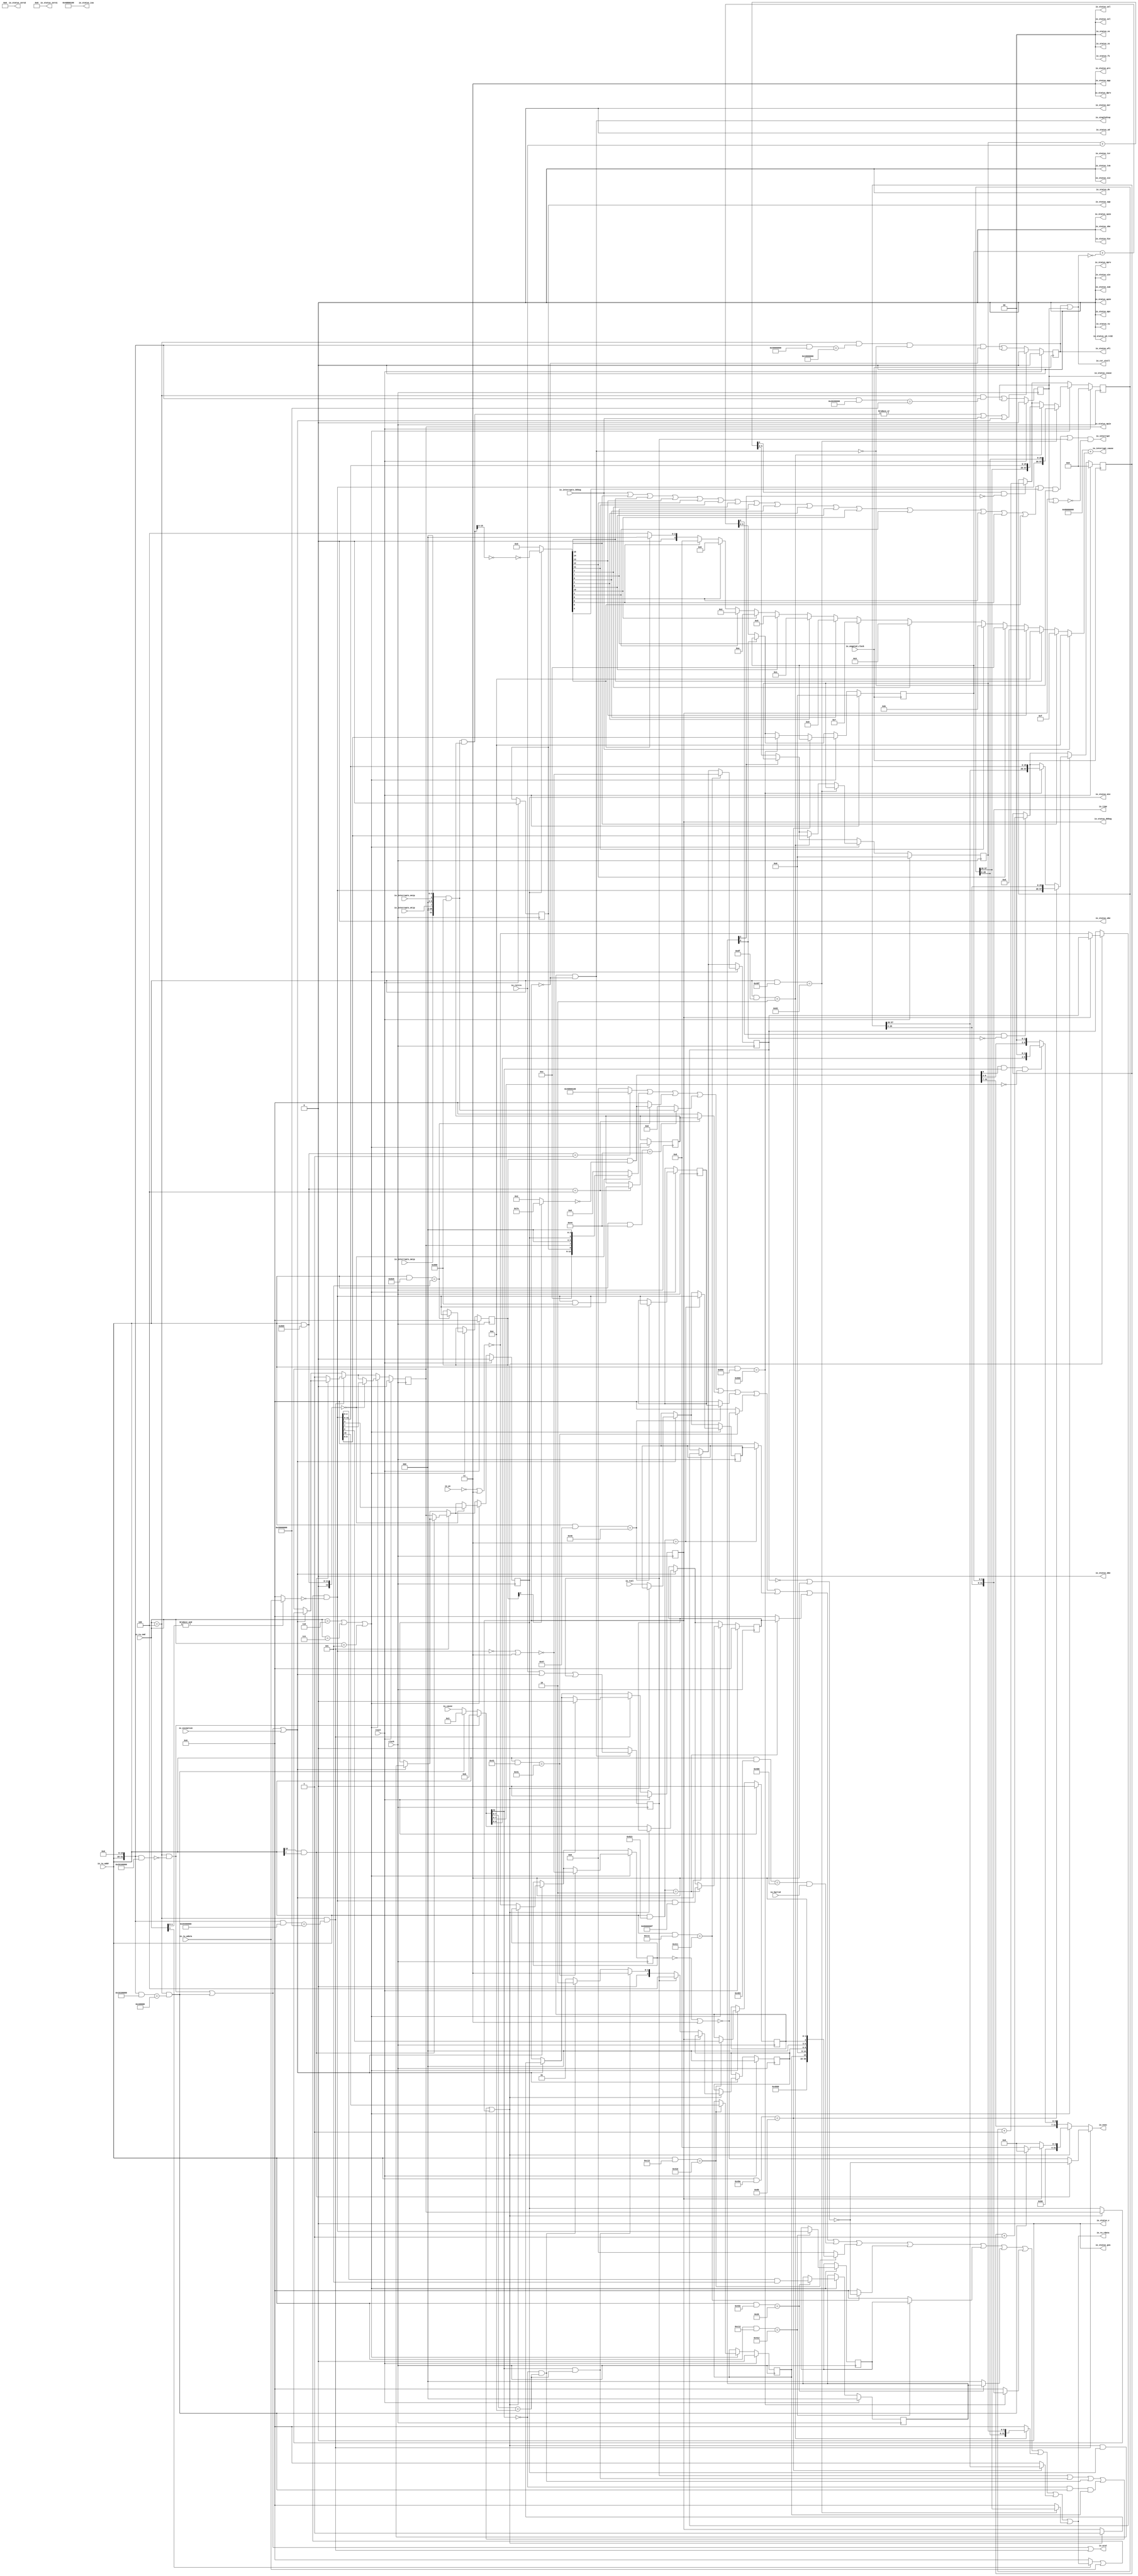
module CSRFile_2stage(
  input         clock,
  input         reset,
  input         io_ungated_clock,
  input         io_interrupts_debug,
  input         io_interrupts_mtip,
  input         io_interrupts_msip,
  input         io_interrupts_meip,
  input         io_hartid,
  input  [11:0] io_rw_addr,
  input  [2:0]  io_rw_cmd,
  output [31:0] io_rw_rdata,
  input  [31:0] io_rw_wdata,
  output        io_csr_stall,
  output        io_eret,
  output        io_singleStep,
  output        io_status_debug,
  output        io_status_cease,
  output        io_status_wfi,
  output [31:0] io_status_isa,
  output [1:0]  io_status_dprv,
  output        io_status_dv,
  output [1:0]  io_status_prv,
  output        io_status_v,
  output        io_status_sd,
  output [22:0] io_status_zero2,
  output        io_status_mpv,
  output        io_status_gva,
  output        io_status_mbe,
  output        io_status_sbe,
  output [1:0]  io_status_sxl,
  output [1:0]  io_status_uxl,
  output        io_status_sd_rv32,
  output [7:0]  io_status_zero1,
  output        io_status_tsr,
  output        io_status_tw,
  output        io_status_tvm,
  output        io_status_mxr,
  output        io_status_sum,
  output        io_status_mprv,
  output [1:0]  io_status_xs,
  output [1:0]  io_status_fs,
  output [1:0]  io_status_mpp,
  output [1:0]  io_status_vs,
  output        io_status_spp,
  output        io_status_mpie,
  output        io_status_ube,
  output        io_status_spie,
  output        io_status_upie,
  output        io_status_mie,
  output        io_status_hie,
  output        io_status_sie,
  output        io_status_uie,
  output [31:0] io_evec,
  input         io_exception,
  input         io_retire,
  input  [31:0] io_cause,
  input  [31:0] io_pc,
  input  [31:0] io_tval,
  output [31:0] io_time,
  output        io_interrupt,
  output [31:0] io_interrupt_cause
);
`ifdef RANDOMIZE_REG_INIT
  reg [31:0] _RAND_0;
  reg [31:0] _RAND_1;
  reg [31:0] _RAND_2;
  reg [31:0] _RAND_3;
  reg [31:0] _RAND_4;
  reg [31:0] _RAND_5;
  reg [31:0] _RAND_6;
  reg [31:0] _RAND_7;
  reg [31:0] _RAND_8;
  reg [31:0] _RAND_9;
  reg [31:0] _RAND_10;
  reg [31:0] _RAND_11;
  reg [31:0] _RAND_12;
  reg [31:0] _RAND_13;
  reg [31:0] _RAND_14;
  reg [31:0] _RAND_15;
  reg [31:0] _RAND_16;
  reg [31:0] _RAND_17;
  reg [31:0] _RAND_18;
  reg [63:0] _RAND_19;
  reg [31:0] _RAND_20;
  reg [63:0] _RAND_21;
  reg [31:0] _RAND_22;
`endif // RANDOMIZE_REG_INIT
  reg  reg_mstatus_spp; // @[CSR.scala 369:24]
  reg  reg_mstatus_mpie; // @[CSR.scala 369:24]
  reg  reg_mstatus_mie; // @[CSR.scala 369:24]
  reg  reg_dcsr_ebreakm; // @[CSR.scala 377:21]
  reg [2:0] reg_dcsr_cause; // @[CSR.scala 377:21]
  reg  reg_dcsr_step; // @[CSR.scala 377:21]
  reg  reg_debug; // @[CSR.scala 449:22]
  reg [31:0] reg_dpc; // @[CSR.scala 450:20]
  reg [31:0] reg_dscratch; // @[CSR.scala 451:25]
  reg  reg_singleStepped; // @[CSR.scala 453:30]
  reg [31:0] reg_mie; // @[CSR.scala 462:20]
  reg [31:0] reg_mepc; // @[CSR.scala 472:21]
  reg [31:0] reg_mcause; // @[CSR.scala 473:27]
  reg [31:0] reg_mtval; // @[CSR.scala 474:22]
  reg [31:0] reg_mscratch; // @[CSR.scala 476:25]
  reg [31:0] reg_mtvec; // @[CSR.scala 479:27]
  reg  reg_wfi; // @[CSR.scala 538:50]
  reg [2:0] reg_mcountinhibit; // @[CSR.scala 547:34]
  wire  x79 = reg_mcountinhibit[2]; // @[CSR.scala 549:75]
  reg [5:0] small_; // @[Counters.scala 45:37]
  wire [5:0] _GEN_34 = {{5'd0}, io_retire}; // @[Counters.scala 46:33]
  wire [6:0] nextSmall = small_ + _GEN_34; // @[Counters.scala 46:33]
  wire  _T_14 = ~x79; // @[Counters.scala 47:9]
  wire [6:0] _GEN_0 = ~x79 ? nextSmall : {{1'd0}, small_}; // @[Counters.scala 47:{19,27} 45:37]
  reg [57:0] large_; // @[Counters.scala 50:27]
  wire [57:0] _large_r_T_1 = large_ + 58'h1; // @[Counters.scala 51:55]
  wire [57:0] _GEN_1 = nextSmall[6] & _T_14 ? _large_r_T_1 : large_; // @[Counters.scala 50:27 51:{46,50}]
  wire [63:0] value = {large_,small_}; // @[Cat.scala 31:58]
  wire  x86 = ~io_csr_stall; // @[CSR.scala 551:56]
  reg [5:0] small_1; // @[Counters.scala 45:37]
  wire [5:0] _GEN_35 = {{5'd0}, x86}; // @[Counters.scala 46:33]
  wire [6:0] nextSmall_1 = small_1 + _GEN_35; // @[Counters.scala 46:33]
  wire  _T_15 = ~reg_mcountinhibit[0]; // @[Counters.scala 47:9]
  wire [6:0] _GEN_2 = ~reg_mcountinhibit[0] ? nextSmall_1 : {{1'd0}, small_1}; // @[Counters.scala 47:{19,27} 45:37]
  reg [57:0] large_1; // @[Counters.scala 50:27]
  wire [57:0] _large_r_T_3 = large_1 + 58'h1; // @[Counters.scala 51:55]
  wire [57:0] _GEN_3 = nextSmall_1[6] & _T_15 ? _large_r_T_3 : large_1; // @[Counters.scala 50:27 51:{46,50}]
  wire [63:0] value_1 = {large_1,small_1}; // @[Cat.scala 31:58]
  wire [15:0] _read_mip_T = {4'h0,io_interrupts_meip,1'h0,2'h0,io_interrupts_mtip,1'h0,2'h0,io_interrupts_msip,1'h0,2'h0
    }; // @[CSR.scala 567:22]
  wire [15:0] read_mip = _read_mip_T & 16'h888; // @[CSR.scala 567:29]
  wire [31:0] _GEN_40 = {{16'd0}, read_mip}; // @[CSR.scala 571:56]
  wire [31:0] pending_interrupts = _GEN_40 & reg_mie; // @[CSR.scala 571:56]
  wire [14:0] d_interrupts = {io_interrupts_debug, 14'h0}; // @[CSR.scala 572:42]
  wire [31:0] _m_interrupts_T_3 = ~pending_interrupts; // @[CSR.scala 577:83]
  wire [31:0] _m_interrupts_T_5 = ~_m_interrupts_T_3; // @[CSR.scala 577:81]
  wire [31:0] m_interrupts = reg_mstatus_mie ? _m_interrupts_T_5 : 32'h0; // @[CSR.scala 577:25]
  wire  _any_T_78 = d_interrupts[14] | d_interrupts[13] | d_interrupts[12] | d_interrupts[11] | d_interrupts[3] |
    d_interrupts[7] | d_interrupts[9] | d_interrupts[1] | d_interrupts[5] | d_interrupts[10] | d_interrupts[2] |
    d_interrupts[6] | d_interrupts[8] | d_interrupts[0] | d_interrupts[4] | m_interrupts[15]; // @[CSR.scala 1534:90]
  wire  anyInterrupt = _any_T_78 | m_interrupts[14] | m_interrupts[13] | m_interrupts[12] | m_interrupts[11] |
    m_interrupts[3] | m_interrupts[7] | m_interrupts[9] | m_interrupts[1] | m_interrupts[5] | m_interrupts[10] |
    m_interrupts[2] | m_interrupts[6] | m_interrupts[8] | m_interrupts[0] | m_interrupts[4]; // @[CSR.scala 1534:90]
  wire [3:0] _which_T_95 = m_interrupts[0] ? 4'h0 : 4'h4; // @[Mux.scala 47:70]
  wire [3:0] _which_T_96 = m_interrupts[8] ? 4'h8 : _which_T_95; // @[Mux.scala 47:70]
  wire [3:0] _which_T_97 = m_interrupts[6] ? 4'h6 : _which_T_96; // @[Mux.scala 47:70]
  wire [3:0] _which_T_98 = m_interrupts[2] ? 4'h2 : _which_T_97; // @[Mux.scala 47:70]
  wire [3:0] _which_T_99 = m_interrupts[10] ? 4'ha : _which_T_98; // @[Mux.scala 47:70]
  wire [3:0] _which_T_100 = m_interrupts[5] ? 4'h5 : _which_T_99; // @[Mux.scala 47:70]
  wire [3:0] _which_T_101 = m_interrupts[1] ? 4'h1 : _which_T_100; // @[Mux.scala 47:70]
  wire [3:0] _which_T_102 = m_interrupts[9] ? 4'h9 : _which_T_101; // @[Mux.scala 47:70]
  wire [3:0] _which_T_103 = m_interrupts[7] ? 4'h7 : _which_T_102; // @[Mux.scala 47:70]
  wire [3:0] _which_T_104 = m_interrupts[3] ? 4'h3 : _which_T_103; // @[Mux.scala 47:70]
  wire [3:0] _which_T_105 = m_interrupts[11] ? 4'hb : _which_T_104; // @[Mux.scala 47:70]
  wire [3:0] _which_T_106 = m_interrupts[12] ? 4'hc : _which_T_105; // @[Mux.scala 47:70]
  wire [3:0] _which_T_107 = m_interrupts[13] ? 4'hd : _which_T_106; // @[Mux.scala 47:70]
  wire [3:0] _which_T_108 = m_interrupts[14] ? 4'he : _which_T_107; // @[Mux.scala 47:70]
  wire [3:0] _which_T_109 = m_interrupts[15] ? 4'hf : _which_T_108; // @[Mux.scala 47:70]
  wire [3:0] _which_T_111 = d_interrupts[4] ? 4'h4 : _which_T_109; // @[Mux.scala 47:70]
  wire [3:0] _which_T_112 = d_interrupts[0] ? 4'h0 : _which_T_111; // @[Mux.scala 47:70]
  wire [3:0] _which_T_113 = d_interrupts[8] ? 4'h8 : _which_T_112; // @[Mux.scala 47:70]
  wire [3:0] _which_T_114 = d_interrupts[6] ? 4'h6 : _which_T_113; // @[Mux.scala 47:70]
  wire [3:0] _which_T_115 = d_interrupts[2] ? 4'h2 : _which_T_114; // @[Mux.scala 47:70]
  wire [3:0] _which_T_116 = d_interrupts[10] ? 4'ha : _which_T_115; // @[Mux.scala 47:70]
  wire [3:0] _which_T_117 = d_interrupts[5] ? 4'h5 : _which_T_116; // @[Mux.scala 47:70]
  wire [3:0] _which_T_118 = d_interrupts[1] ? 4'h1 : _which_T_117; // @[Mux.scala 47:70]
  wire [3:0] _which_T_119 = d_interrupts[9] ? 4'h9 : _which_T_118; // @[Mux.scala 47:70]
  wire [3:0] _which_T_120 = d_interrupts[7] ? 4'h7 : _which_T_119; // @[Mux.scala 47:70]
  wire [3:0] _which_T_121 = d_interrupts[3] ? 4'h3 : _which_T_120; // @[Mux.scala 47:70]
  wire [3:0] _which_T_122 = d_interrupts[11] ? 4'hb : _which_T_121; // @[Mux.scala 47:70]
  wire [3:0] _which_T_123 = d_interrupts[12] ? 4'hc : _which_T_122; // @[Mux.scala 47:70]
  wire [3:0] _which_T_124 = d_interrupts[13] ? 4'hd : _which_T_123; // @[Mux.scala 47:70]
  wire [3:0] whichInterrupt = d_interrupts[14] ? 4'he : _which_T_124; // @[Mux.scala 47:70]
  wire [31:0] _GEN_41 = {{28'd0}, whichInterrupt}; // @[CSR.scala 582:67]
  wire  _io_interrupt_T = ~io_singleStep; // @[CSR.scala 583:36]
  wire [8:0] read_mstatus_lo_lo = {io_status_spp,io_status_mpie,io_status_ube,io_status_spie,io_status_upie,
    io_status_mie,io_status_hie,io_status_sie,io_status_uie}; // @[CSR.scala 606:38]
  wire [21:0] read_mstatus_lo = {io_status_tw,io_status_tvm,io_status_mxr,io_status_sum,io_status_mprv,io_status_xs,
    io_status_fs,io_status_mpp,io_status_vs,read_mstatus_lo_lo}; // @[CSR.scala 606:38]
  wire [64:0] read_mstatus_hi_hi = {io_status_debug,io_status_cease,io_status_wfi,io_status_isa,io_status_dprv,
    io_status_dv,io_status_prv,io_status_v,io_status_sd,io_status_zero2}; // @[CSR.scala 606:38]
  wire [82:0] read_mstatus_hi = {read_mstatus_hi_hi,io_status_mpv,io_status_gva,io_status_mbe,io_status_sbe,
    io_status_sxl,io_status_uxl,io_status_sd_rv32,io_status_zero1,io_status_tsr}; // @[CSR.scala 606:38]
  wire [104:0] _read_mstatus_T = {read_mstatus_hi,read_mstatus_lo}; // @[CSR.scala 606:38]
  wire [31:0] read_mstatus = _read_mstatus_T[31:0]; // @[CSR.scala 606:40]
  wire [6:0] _read_mtvec_T_1 = reg_mtvec[0] ? 7'h7e : 7'h2; // @[CSR.scala 1563:39]
  wire [31:0] _read_mtvec_T_3 = {{25'd0}, _read_mtvec_T_1}; // @[package.scala 165:41]
  wire [31:0] _read_mtvec_T_4 = ~_read_mtvec_T_3; // @[package.scala 165:37]
  wire [31:0] read_mtvec = reg_mtvec & _read_mtvec_T_4; // @[package.scala 165:35]
  wire [31:0] _T_18 = ~reg_mepc; // @[CSR.scala 1562:28]
  wire [31:0] _T_21 = _T_18 | 32'h3; // @[CSR.scala 1562:31]
  wire [31:0] _T_22 = ~_T_21; // @[CSR.scala 1562:26]
  wire [31:0] _T_23 = {4'h4,12'h0,reg_dcsr_ebreakm,4'h0,2'h0,reg_dcsr_cause,1'h0,2'h0,reg_dcsr_step,2'h3}; // @[CSR.scala 627:27]
  wire [31:0] _T_24 = ~reg_dpc; // @[CSR.scala 1562:28]
  wire [31:0] _T_27 = _T_24 | 32'h3; // @[CSR.scala 1562:31]
  wire [31:0] _T_28 = ~_T_27; // @[CSR.scala 1562:26]
  wire [12:0] addr = {io_status_v,io_rw_addr}; // @[Cat.scala 31:58]
  wire [12:0] _decoded_T_8 = addr & 13'h865; // @[Decode.scala 14:65]
  wire  decoded_4 = _decoded_T_8 == 13'h1; // @[Decode.scala 14:121]
  wire  decoded_5 = _decoded_T_8 == 13'h0; // @[Decode.scala 14:121]
  wire [12:0] _decoded_T_12 = addr & 13'h825; // @[Decode.scala 14:65]
  wire  decoded_6 = _decoded_T_12 == 13'h5; // @[Decode.scala 14:121]
  wire [12:0] _decoded_T_14 = addr & 13'h44; // @[Decode.scala 14:65]
  wire  decoded_7 = _decoded_T_14 == 13'h44; // @[Decode.scala 14:121]
  wire  decoded_8 = _decoded_T_8 == 13'h4; // @[Decode.scala 14:121]
  wire [12:0] _decoded_T_18 = addr & 13'h47; // @[Decode.scala 14:65]
  wire  decoded_9 = _decoded_T_18 == 13'h40; // @[Decode.scala 14:121]
  wire [12:0] _decoded_T_20 = addr & 13'h43; // @[Decode.scala 14:65]
  wire  decoded_10 = _decoded_T_20 == 13'h41; // @[Decode.scala 14:121]
  wire [12:0] _decoded_T_22 = addr & 13'h823; // @[Decode.scala 14:65]
  wire  decoded_11 = _decoded_T_22 == 13'h3; // @[Decode.scala 14:121]
  wire  decoded_12 = _decoded_T_22 == 13'h2; // @[Decode.scala 14:121]
  wire [12:0] _decoded_T_26 = addr & 13'h483; // @[Decode.scala 14:65]
  wire  decoded_13 = _decoded_T_26 == 13'h400; // @[Decode.scala 14:121]
  wire [12:0] _decoded_T_28 = addr & 13'hc13; // @[Decode.scala 14:65]
  wire  decoded_14 = _decoded_T_28 == 13'h410; // @[Decode.scala 14:121]
  wire [12:0] _decoded_T_30 = addr & 13'hc11; // @[Decode.scala 14:65]
  wire  decoded_15 = _decoded_T_30 == 13'h411; // @[Decode.scala 14:121]
  wire [12:0] _decoded_T_32 = addr & 13'hc12; // @[Decode.scala 14:65]
  wire  decoded_16 = _decoded_T_32 == 13'h412; // @[Decode.scala 14:121]
  wire [12:0] _decoded_T_34 = addr & 13'h43e; // @[Decode.scala 14:65]
  wire  decoded_17 = _decoded_T_34 == 13'h20; // @[Decode.scala 14:121]
  wire [12:0] _decoded_T_36 = addr & 13'h89e; // @[Decode.scala 14:65]
  wire  decoded_18 = _decoded_T_36 == 13'h800; // @[Decode.scala 14:121]
  wire [12:0] _decoded_T_38 = addr & 13'hdf; // @[Decode.scala 14:65]
  wire  decoded_19 = _decoded_T_38 == 13'h2; // @[Decode.scala 14:121]
  wire [12:0] _decoded_T_122 = addr & 13'h49f; // @[Decode.scala 14:65]
  wire [12:0] _decoded_T_214 = addr & 13'h49e; // @[Decode.scala 14:65]
  wire  decoded_107 = _decoded_T_214 == 13'h80; // @[Decode.scala 14:121]
  wire  decoded_108 = _decoded_T_122 == 13'h82; // @[Decode.scala 14:121]
  wire [31:0] _wdata_T_1 = io_rw_cmd[1] ? io_rw_rdata : 32'h0; // @[CSR.scala 1540:9]
  wire [31:0] _wdata_T_2 = _wdata_T_1 | io_rw_wdata; // @[CSR.scala 1540:34]
  wire [31:0] _wdata_T_5 = &io_rw_cmd[1:0] ? io_rw_wdata : 32'h0; // @[CSR.scala 1540:49]
  wire [31:0] _wdata_T_6 = ~_wdata_T_5; // @[CSR.scala 1540:45]
  wire [31:0] wdata = _wdata_T_2 & _wdata_T_6; // @[CSR.scala 1540:43]
  wire  system_insn = io_rw_cmd == 3'h4; // @[CSR.scala 813:31]
  wire [31:0] _T_172 = {io_rw_addr, 20'h0}; // @[CSR.scala 829:28]
  wire [31:0] _T_173 = _T_172 & 32'h20100000; // @[Decode.scala 14:65]
  wire  _T_174 = _T_173 == 32'h0; // @[Decode.scala 14:121]
  wire [31:0] _T_176 = _T_172 & 32'h10100000; // @[Decode.scala 14:65]
  wire  _T_177 = _T_176 == 32'h100000; // @[Decode.scala 14:121]
  wire [31:0] _T_179 = _T_172 & 32'h20400000; // @[Decode.scala 14:65]
  wire  _T_180 = _T_179 == 32'h20000000; // @[Decode.scala 14:121]
  wire [31:0] _T_182 = _T_172 & 32'h20200000; // @[Decode.scala 14:65]
  wire  _T_183 = _T_182 == 32'h20000000; // @[Decode.scala 14:121]
  wire [31:0] _T_185 = _T_172 & 32'h30000000; // @[Decode.scala 14:65]
  wire  _T_186 = _T_185 == 32'h10000000; // @[Decode.scala 14:121]
  wire  insn_call = system_insn & _T_174; // @[CSR.scala 829:95]
  wire  insn_break = system_insn & _T_177; // @[CSR.scala 829:95]
  wire  insn_ret = system_insn & _T_180; // @[CSR.scala 829:95]
  wire  insn_cease = system_insn & _T_183; // @[CSR.scala 829:95]
  wire  insn_wfi = system_insn & _T_186; // @[CSR.scala 829:95]
  wire  _io_decode_0_read_illegal_T_16 = ~reg_debug; // @[CSR.scala 861:45]
  wire [31:0] _cause_T_5 = insn_break ? 32'h3 : io_cause; // @[CSR.scala 894:14]
  wire [31:0] cause = insn_call ? 32'hb : _cause_T_5; // @[CSR.scala 893:8]
  wire [7:0] cause_lsbs = cause[7:0]; // @[CSR.scala 895:25]
  wire  _causeIsDebugInt_T_1 = cause_lsbs == 8'he; // @[CSR.scala 896:53]
  wire  causeIsDebugInt = cause[31] & cause_lsbs == 8'he; // @[CSR.scala 896:39]
  wire  _causeIsDebugTrigger_T_1 = ~cause[31]; // @[CSR.scala 897:29]
  wire  causeIsDebugTrigger = ~cause[31] & _causeIsDebugInt_T_1; // @[CSR.scala 897:44]
  wire [3:0] _causeIsDebugBreak_T_3 = {reg_dcsr_ebreakm,1'h0,2'h0}; // @[Cat.scala 31:58]
  wire [3:0] _causeIsDebugBreak_T_4 = {{3'd0}, _causeIsDebugBreak_T_3[3]}; // @[CSR.scala 898:134]
  wire  causeIsDebugBreak = _causeIsDebugTrigger_T_1 & insn_break & _causeIsDebugBreak_T_4[0]; // @[CSR.scala 898:56]
  wire  trapToDebug = reg_singleStepped | causeIsDebugInt | causeIsDebugTrigger | causeIsDebugBreak | reg_debug; // @[CSR.scala 899:123]
  wire [11:0] _debugTVec_T = insn_break ? 12'h800 : 12'h808; // @[CSR.scala 902:37]
  wire [11:0] debugTVec = reg_debug ? _debugTVec_T : 12'h800; // @[CSR.scala 902:22]
  wire [6:0] notDebugTVec_interruptOffset = {cause[4:0], 2'h0}; // @[CSR.scala 912:59]
  wire [31:0] notDebugTVec_interruptVec = {read_mtvec[31:7],notDebugTVec_interruptOffset}; // @[Cat.scala 31:58]
  wire  notDebugTVec_doVector = read_mtvec[0] & cause[31] & cause_lsbs[7:5] == 3'h0; // @[CSR.scala 914:55]
  wire [31:0] _notDebugTVec_T_1 = {read_mtvec[31:2], 2'h0}; // @[CSR.scala 915:56]
  wire [31:0] notDebugTVec = notDebugTVec_doVector ? notDebugTVec_interruptVec : _notDebugTVec_T_1; // @[CSR.scala 915:8]
  wire [31:0] tvec = trapToDebug ? {{20'd0}, debugTVec} : notDebugTVec; // @[CSR.scala 928:17]
  wire  _io_eret_T = insn_call | insn_break; // @[CSR.scala 933:24]
  wire  exception = _io_eret_T | io_exception; // @[CSR.scala 953:43]
  wire [1:0] _T_214 = insn_ret + insn_call; // @[Bitwise.scala 48:55]
  wire [1:0] _T_216 = insn_break + io_exception; // @[Bitwise.scala 48:55]
  wire [2:0] _T_218 = _T_214 + _T_216; // @[Bitwise.scala 48:55]
  wire  _T_222 = ~reset; // @[CSR.scala 954:9]
  wire  _GEN_46 = insn_wfi & _io_interrupt_T & _io_decode_0_read_illegal_T_16 | reg_wfi; // @[CSR.scala 538:50 956:{51,61}]
  wire  _GEN_48 = io_retire | exception | reg_singleStepped; // @[CSR.scala 453:30 960:{36,56}]
  wire [31:0] _epc_T = ~io_pc; // @[CSR.scala 1561:28]
  wire [31:0] _epc_T_1 = _epc_T | 32'h3; // @[CSR.scala 1561:31]
  wire [31:0] epc = ~_epc_T_1; // @[CSR.scala 1561:26]
  wire [1:0] _reg_dcsr_cause_T = causeIsDebugTrigger ? 2'h2 : 2'h1; // @[CSR.scala 973:86]
  wire [1:0] _reg_dcsr_cause_T_1 = causeIsDebugInt ? 2'h3 : _reg_dcsr_cause_T; // @[CSR.scala 973:56]
  wire [2:0] _reg_dcsr_cause_T_2 = reg_singleStepped ? 3'h4 : {{1'd0}, _reg_dcsr_cause_T_1}; // @[CSR.scala 973:30]
  wire  _GEN_51 = _io_decode_0_read_illegal_T_16 | reg_debug; // @[CSR.scala 969:25 971:19 449:22]
  wire [31:0] _GEN_52 = _io_decode_0_read_illegal_T_16 ? epc : reg_dpc; // @[CSR.scala 969:25 972:17 450:20]
  wire [1:0] _GEN_73 = {{1'd0}, reg_mstatus_spp}; // @[CSR.scala 1007:23 369:24 997:35]
  wire  _GEN_145 = trapToDebug ? _GEN_51 : reg_debug; // @[CSR.scala 449:22 968:24]
  wire [31:0] _GEN_146 = trapToDebug ? _GEN_52 : reg_dpc; // @[CSR.scala 450:20 968:24]
  wire [1:0] _GEN_170 = trapToDebug ? {{1'd0}, reg_mstatus_spp} : _GEN_73; // @[CSR.scala 369:24 968:24]
  wire [31:0] _GEN_174 = trapToDebug ? reg_mepc : epc; // @[CSR.scala 472:21 968:24]
  wire [31:0] _GEN_175 = trapToDebug ? reg_mcause : cause; // @[CSR.scala 968:24 473:27]
  wire [31:0] _GEN_176 = trapToDebug ? reg_mtval : io_tval; // @[CSR.scala 474:22 968:24]
  wire  _GEN_178 = trapToDebug ? reg_mstatus_mpie : reg_mstatus_mie; // @[CSR.scala 369:24 968:24]
  wire  _GEN_180 = trapToDebug & reg_mstatus_mie; // @[CSR.scala 369:24 968:24]
  wire  _GEN_182 = exception ? _GEN_145 : reg_debug; // @[CSR.scala 967:20 449:22]
  wire [31:0] _GEN_183 = exception ? _GEN_146 : reg_dpc; // @[CSR.scala 450:20 967:20]
  wire [1:0] _GEN_207 = exception ? _GEN_170 : {{1'd0}, reg_mstatus_spp}; // @[CSR.scala 967:20 369:24]
  wire [31:0] _GEN_211 = exception ? _GEN_174 : reg_mepc; // @[CSR.scala 967:20 472:21]
  wire [31:0] _GEN_212 = exception ? _GEN_175 : reg_mcause; // @[CSR.scala 967:20 473:27]
  wire [31:0] _GEN_213 = exception ? _GEN_176 : reg_mtval; // @[CSR.scala 967:20 474:22]
  wire  _GEN_215 = exception ? _GEN_178 : reg_mstatus_mpie; // @[CSR.scala 967:20 369:24]
  wire  _GEN_217 = exception ? _GEN_180 : reg_mstatus_mie; // @[CSR.scala 967:20 369:24]
  wire [31:0] _GEN_239 = io_rw_addr[10] & io_rw_addr[7] ? _T_28 : _T_22; // @[CSR.scala 1064:70 1068:15]
  wire  _GEN_241 = io_rw_addr[10] & io_rw_addr[7] ? _GEN_217 : reg_mstatus_mpie; // @[CSR.scala 1064:70]
  wire  _GEN_242 = io_rw_addr[10] & io_rw_addr[7] ? _GEN_215 : 1'h1; // @[CSR.scala 1064:70]
  wire  _GEN_273 = insn_ret ? _GEN_241 : _GEN_217; // @[CSR.scala 1045:19]
  wire  _GEN_274 = insn_ret ? _GEN_242 : _GEN_215; // @[CSR.scala 1045:19]
  reg  io_status_cease_r; // @[Reg.scala 28:20]
  wire  _GEN_279 = insn_cease | io_status_cease_r; // @[Reg.scala 29:18 28:20 29:22]
  wire [30:0] _io_rw_rdata_T_4 = decoded_4 ? 31'h40800100 : 31'h0; // @[Mux.scala 27:73]
  wire [31:0] _io_rw_rdata_T_5 = decoded_5 ? read_mstatus : 32'h0; // @[Mux.scala 27:73]
  wire [31:0] _io_rw_rdata_T_6 = decoded_6 ? read_mtvec : 32'h0; // @[Mux.scala 27:73]
  wire [15:0] _io_rw_rdata_T_7 = decoded_7 ? read_mip : 16'h0; // @[Mux.scala 27:73]
  wire [31:0] _io_rw_rdata_T_8 = decoded_8 ? reg_mie : 32'h0; // @[Mux.scala 27:73]
  wire [31:0] _io_rw_rdata_T_9 = decoded_9 ? reg_mscratch : 32'h0; // @[Mux.scala 27:73]
  wire [31:0] _io_rw_rdata_T_10 = decoded_10 ? _T_22 : 32'h0; // @[Mux.scala 27:73]
  wire [31:0] _io_rw_rdata_T_11 = decoded_11 ? reg_mtval : 32'h0; // @[Mux.scala 27:73]
  wire [31:0] _io_rw_rdata_T_12 = decoded_12 ? reg_mcause : 32'h0; // @[Mux.scala 27:73]
  wire  _io_rw_rdata_T_13 = decoded_13 & io_hartid; // @[Mux.scala 27:73]
  wire [31:0] _io_rw_rdata_T_14 = decoded_14 ? _T_23 : 32'h0; // @[Mux.scala 27:73]
  wire [31:0] _io_rw_rdata_T_15 = decoded_15 ? _T_28 : 32'h0; // @[Mux.scala 27:73]
  wire [31:0] _io_rw_rdata_T_16 = decoded_16 ? reg_dscratch : 32'h0; // @[Mux.scala 27:73]
  wire [2:0] _io_rw_rdata_T_17 = decoded_17 ? reg_mcountinhibit : 3'h0; // @[Mux.scala 27:73]
  wire [63:0] _io_rw_rdata_T_18 = decoded_18 ? value_1 : 64'h0; // @[Mux.scala 27:73]
  wire [63:0] _io_rw_rdata_T_19 = decoded_19 ? value : 64'h0; // @[Mux.scala 27:73]
  wire [31:0] _io_rw_rdata_T_107 = decoded_107 ? value_1[63:32] : 32'h0; // @[Mux.scala 27:73]
  wire [31:0] _io_rw_rdata_T_108 = decoded_108 ? value[63:32] : 32'h0; // @[Mux.scala 27:73]
  wire [31:0] _io_rw_rdata_T_115 = {{1'd0}, _io_rw_rdata_T_4}; // @[Mux.scala 27:73]
  wire [31:0] _io_rw_rdata_T_116 = _io_rw_rdata_T_115 | _io_rw_rdata_T_5; // @[Mux.scala 27:73]
  wire [31:0] _io_rw_rdata_T_117 = _io_rw_rdata_T_116 | _io_rw_rdata_T_6; // @[Mux.scala 27:73]
  wire [31:0] _GEN_341 = {{16'd0}, _io_rw_rdata_T_7}; // @[Mux.scala 27:73]
  wire [31:0] _io_rw_rdata_T_118 = _io_rw_rdata_T_117 | _GEN_341; // @[Mux.scala 27:73]
  wire [31:0] _io_rw_rdata_T_119 = _io_rw_rdata_T_118 | _io_rw_rdata_T_8; // @[Mux.scala 27:73]
  wire [31:0] _io_rw_rdata_T_120 = _io_rw_rdata_T_119 | _io_rw_rdata_T_9; // @[Mux.scala 27:73]
  wire [31:0] _io_rw_rdata_T_121 = _io_rw_rdata_T_120 | _io_rw_rdata_T_10; // @[Mux.scala 27:73]
  wire [31:0] _io_rw_rdata_T_122 = _io_rw_rdata_T_121 | _io_rw_rdata_T_11; // @[Mux.scala 27:73]
  wire [31:0] _io_rw_rdata_T_123 = _io_rw_rdata_T_122 | _io_rw_rdata_T_12; // @[Mux.scala 27:73]
  wire [31:0] _GEN_342 = {{31'd0}, _io_rw_rdata_T_13}; // @[Mux.scala 27:73]
  wire [31:0] _io_rw_rdata_T_124 = _io_rw_rdata_T_123 | _GEN_342; // @[Mux.scala 27:73]
  wire [31:0] _io_rw_rdata_T_125 = _io_rw_rdata_T_124 | _io_rw_rdata_T_14; // @[Mux.scala 27:73]
  wire [31:0] _io_rw_rdata_T_126 = _io_rw_rdata_T_125 | _io_rw_rdata_T_15; // @[Mux.scala 27:73]
  wire [31:0] _io_rw_rdata_T_127 = _io_rw_rdata_T_126 | _io_rw_rdata_T_16; // @[Mux.scala 27:73]
  wire [31:0] _GEN_343 = {{29'd0}, _io_rw_rdata_T_17}; // @[Mux.scala 27:73]
  wire [31:0] _io_rw_rdata_T_128 = _io_rw_rdata_T_127 | _GEN_343; // @[Mux.scala 27:73]
  wire [63:0] _GEN_344 = {{32'd0}, _io_rw_rdata_T_128}; // @[Mux.scala 27:73]
  wire [63:0] _io_rw_rdata_T_129 = _GEN_344 | _io_rw_rdata_T_18; // @[Mux.scala 27:73]
  wire [63:0] _io_rw_rdata_T_130 = _io_rw_rdata_T_129 | _io_rw_rdata_T_19; // @[Mux.scala 27:73]
  wire [63:0] _GEN_345 = {{32'd0}, _io_rw_rdata_T_107}; // @[Mux.scala 27:73]
  wire [63:0] _io_rw_rdata_T_218 = _io_rw_rdata_T_130 | _GEN_345; // @[Mux.scala 27:73]
  wire [63:0] _GEN_346 = {{32'd0}, _io_rw_rdata_T_108}; // @[Mux.scala 27:73]
  wire [63:0] _io_rw_rdata_T_219 = _io_rw_rdata_T_218 | _GEN_346; // @[Mux.scala 27:73]
  wire  _T_366 = io_rw_cmd == 3'h5; // @[package.scala 15:47]
  wire  _T_367 = io_rw_cmd == 3'h6; // @[package.scala 15:47]
  wire  _T_368 = io_rw_cmd == 3'h7; // @[package.scala 15:47]
  wire  csr_wen = _T_367 | _T_368 | _T_366; // @[package.scala 72:59]
  wire [104:0] _new_mstatus_WIRE = {{73'd0}, wdata};
  wire  new_mstatus_mie = _new_mstatus_WIRE[3]; // @[CSR.scala 1153:47]
  wire  new_mstatus_mpie = _new_mstatus_WIRE[7]; // @[CSR.scala 1153:47]
  wire [31:0] _reg_mie_T = wdata & 32'h888; // @[CSR.scala 1205:59]
  wire [31:0] _reg_mepc_T = ~wdata; // @[CSR.scala 1561:28]
  wire [31:0] _reg_mepc_T_1 = _reg_mepc_T | 32'h3; // @[CSR.scala 1561:31]
  wire [31:0] _reg_mepc_T_2 = ~_reg_mepc_T_1; // @[CSR.scala 1561:26]
  wire [31:0] _reg_mcause_T = wdata & 32'h8000000f; // @[CSR.scala 1210:62]
  wire [31:0] _reg_mcountinhibit_T_1 = wdata & 32'hfffffffd; // @[CSR.scala 1230:76]
  wire [31:0] _GEN_293 = decoded_17 ? _reg_mcountinhibit_T_1 : {{29'd0}, reg_mcountinhibit}; // @[CSR.scala 1230:{47,67} 547:34]
  wire [63:0] _T_1714 = {value_1[63:32],wdata}; // @[Cat.scala 31:58]
  wire [63:0] _GEN_294 = decoded_18 ? _T_1714 : {{57'd0}, _GEN_2}; // @[CSR.scala 1555:31 Counters.scala 65:11]
  wire [63:0] _T_1717 = {wdata,value_1[31:0]}; // @[Cat.scala 31:58]
  wire [63:0] _GEN_296 = decoded_107 ? _T_1717 : _GEN_294; // @[CSR.scala 1556:31 Counters.scala 65:11]
  wire [63:0] _T_1719 = {value[63:32],wdata}; // @[Cat.scala 31:58]
  wire [63:0] _GEN_298 = decoded_19 ? _T_1719 : {{57'd0}, _GEN_0}; // @[CSR.scala 1555:31 Counters.scala 65:11]
  wire [63:0] _T_1722 = {wdata,value[31:0]}; // @[Cat.scala 31:58]
  wire [63:0] _GEN_300 = decoded_108 ? _T_1722 : _GEN_298; // @[CSR.scala 1556:31 Counters.scala 65:11]
  wire  new_dcsr_ebreakm = wdata[15]; // @[CSR.scala 1246:43]
  wire [31:0] _GEN_315 = csr_wen ? _GEN_293 : {{29'd0}, reg_mcountinhibit}; // @[CSR.scala 1148:18 547:34]
  wire [63:0] _GEN_316 = csr_wen ? _GEN_296 : {{57'd0}, _GEN_2}; // @[CSR.scala 1148:18]
  wire [63:0] _GEN_318 = csr_wen ? _GEN_300 : {{57'd0}, _GEN_0}; // @[CSR.scala 1148:18]
  assign io_rw_rdata = _io_rw_rdata_T_219[31:0]; // @[CSR.scala 1101:15]
  assign io_csr_stall = reg_wfi | io_status_cease; // @[CSR.scala 1091:27]
  assign io_eret = insn_call | insn_break | insn_ret; // @[CSR.scala 933:38]
  assign io_singleStep = reg_dcsr_step & _io_decode_0_read_illegal_T_16; // @[CSR.scala 934:34]
  assign io_status_debug = reg_debug; // @[CSR.scala 937:19]
  assign io_status_cease = io_status_cease_r; // @[CSR.scala 1092:19]
  assign io_status_wfi = reg_wfi; // @[CSR.scala 1093:17]
  assign io_status_isa = 32'h40800100; // @[CSR.scala 938:17]
  assign io_status_dprv = 2'h3; // @[CSR.scala 941:24]
  assign io_status_dv = 1'h0; // @[CSR.scala 942:33]
  assign io_status_prv = 2'h3; // @[CSR.scala 935:13]
  assign io_status_v = 1'h0; // @[CSR.scala 935:13]
  assign io_status_sd = &io_status_fs | &io_status_xs | &io_status_vs; // @[CSR.scala 936:58]
  assign io_status_zero2 = 23'h0; // @[CSR.scala 935:13]
  assign io_status_mpv = 1'h0; // @[CSR.scala 944:17]
  assign io_status_gva = 1'h0; // @[CSR.scala 945:17]
  assign io_status_mbe = 1'h0; // @[CSR.scala 935:13]
  assign io_status_sbe = 1'h0; // @[CSR.scala 935:13]
  assign io_status_sxl = 2'h0; // @[CSR.scala 940:17]
  assign io_status_uxl = 2'h0; // @[CSR.scala 939:17]
  assign io_status_sd_rv32 = io_status_sd; // @[CSR.scala 943:35]
  assign io_status_zero1 = 8'h0; // @[CSR.scala 935:13]
  assign io_status_tsr = 1'h0; // @[CSR.scala 935:13]
  assign io_status_tw = 1'h0; // @[CSR.scala 935:13]
  assign io_status_tvm = 1'h0; // @[CSR.scala 935:13]
  assign io_status_mxr = 1'h0; // @[CSR.scala 935:13]
  assign io_status_sum = 1'h0; // @[CSR.scala 935:13]
  assign io_status_mprv = 1'h0; // @[CSR.scala 935:13]
  assign io_status_xs = 2'h0; // @[CSR.scala 935:13]
  assign io_status_fs = 2'h0; // @[CSR.scala 935:13]
  assign io_status_mpp = 2'h3; // @[CSR.scala 935:13]
  assign io_status_vs = 2'h0; // @[CSR.scala 935:13]
  assign io_status_spp = reg_mstatus_spp; // @[CSR.scala 935:13]
  assign io_status_mpie = reg_mstatus_mpie; // @[CSR.scala 935:13]
  assign io_status_ube = 1'h0; // @[CSR.scala 935:13]
  assign io_status_spie = 1'h0; // @[CSR.scala 935:13]
  assign io_status_upie = 1'h0; // @[CSR.scala 935:13]
  assign io_status_mie = reg_mstatus_mie; // @[CSR.scala 935:13]
  assign io_status_hie = 1'h0; // @[CSR.scala 935:13]
  assign io_status_sie = 1'h0; // @[CSR.scala 935:13]
  assign io_status_uie = 1'h0; // @[CSR.scala 935:13]
  assign io_evec = insn_ret ? _GEN_239 : tvec; // @[CSR.scala 1045:19 929:11]
  assign io_time = value_1[31:0]; // @[CSR.scala 1090:11]
  assign io_interrupt = (anyInterrupt & ~io_singleStep | reg_singleStepped) & ~(reg_debug | io_status_cease); // @[CSR.scala 583:73]
  assign io_interrupt_cause = 32'h80000000 + _GEN_41; // @[CSR.scala 582:67]
  always @(posedge clock) begin
    if (reset) begin // @[CSR.scala 369:24]
      reg_mstatus_spp <= 1'h0; // @[CSR.scala 369:24]
    end else begin
      reg_mstatus_spp <= _GEN_207[0];
    end
    if (reset) begin // @[CSR.scala 369:24]
      reg_mstatus_mpie <= 1'h0; // @[CSR.scala 369:24]
    end else if (csr_wen) begin // @[CSR.scala 1148:18]
      if (decoded_5) begin // @[CSR.scala 1152:39]
        reg_mstatus_mpie <= new_mstatus_mpie; // @[CSR.scala 1155:24]
      end else begin
        reg_mstatus_mpie <= _GEN_274;
      end
    end else begin
      reg_mstatus_mpie <= _GEN_274;
    end
    if (reset) begin // @[CSR.scala 369:24]
      reg_mstatus_mie <= 1'h0; // @[CSR.scala 369:24]
    end else if (csr_wen) begin // @[CSR.scala 1148:18]
      if (decoded_5) begin // @[CSR.scala 1152:39]
        reg_mstatus_mie <= new_mstatus_mie; // @[CSR.scala 1154:23]
      end else begin
        reg_mstatus_mie <= _GEN_273;
      end
    end else begin
      reg_mstatus_mie <= _GEN_273;
    end
    if (reset) begin // @[CSR.scala 377:21]
      reg_dcsr_ebreakm <= 1'h0; // @[CSR.scala 377:21]
    end else if (csr_wen) begin // @[CSR.scala 1148:18]
      if (decoded_14) begin // @[CSR.scala 1245:38]
        reg_dcsr_ebreakm <= new_dcsr_ebreakm; // @[CSR.scala 1248:26]
      end
    end
    if (reset) begin // @[CSR.scala 377:21]
      reg_dcsr_cause <= 3'h0; // @[CSR.scala 377:21]
    end else if (exception) begin // @[CSR.scala 967:20]
      if (trapToDebug) begin // @[CSR.scala 968:24]
        if (_io_decode_0_read_illegal_T_16) begin // @[CSR.scala 969:25]
          reg_dcsr_cause <= _reg_dcsr_cause_T_2; // @[CSR.scala 973:24]
        end
      end
    end
    if (reset) begin // @[CSR.scala 377:21]
      reg_dcsr_step <= 1'h0; // @[CSR.scala 377:21]
    end else if (csr_wen) begin // @[CSR.scala 1148:18]
      if (decoded_14) begin // @[CSR.scala 1245:38]
        reg_dcsr_step <= wdata[2]; // @[CSR.scala 1247:23]
      end
    end
    if (reset) begin // @[CSR.scala 449:22]
      reg_debug <= 1'h0; // @[CSR.scala 449:22]
    end else if (insn_ret) begin // @[CSR.scala 1045:19]
      if (io_rw_addr[10] & io_rw_addr[7]) begin // @[CSR.scala 1064:70]
        reg_debug <= 1'h0; // @[CSR.scala 1067:17]
      end else begin
        reg_debug <= _GEN_182;
      end
    end else begin
      reg_debug <= _GEN_182;
    end
    if (csr_wen) begin // @[CSR.scala 1148:18]
      if (decoded_15) begin // @[CSR.scala 1254:42]
        reg_dpc <= _reg_mepc_T_2; // @[CSR.scala 1254:52]
      end else begin
        reg_dpc <= _GEN_183;
      end
    end else begin
      reg_dpc <= _GEN_183;
    end
    if (csr_wen) begin // @[CSR.scala 1148:18]
      if (decoded_16) begin // @[CSR.scala 1255:42]
        reg_dscratch <= wdata; // @[CSR.scala 1255:57]
      end
    end
    if (_io_interrupt_T) begin // @[CSR.scala 961:25]
      reg_singleStepped <= 1'h0; // @[CSR.scala 961:45]
    end else begin
      reg_singleStepped <= _GEN_48;
    end
    if (csr_wen) begin // @[CSR.scala 1148:18]
      if (decoded_8) begin // @[CSR.scala 1205:40]
        reg_mie <= _reg_mie_T; // @[CSR.scala 1205:50]
      end
    end
    if (csr_wen) begin // @[CSR.scala 1148:18]
      if (decoded_10) begin // @[CSR.scala 1206:40]
        reg_mepc <= _reg_mepc_T_2; // @[CSR.scala 1206:51]
      end else begin
        reg_mepc <= _GEN_211;
      end
    end else begin
      reg_mepc <= _GEN_211;
    end
    if (reset) begin // @[CSR.scala 473:27]
      reg_mcause <= 32'h0; // @[CSR.scala 473:27]
    end else if (csr_wen) begin // @[CSR.scala 1148:18]
      if (decoded_12) begin // @[CSR.scala 1210:40]
        reg_mcause <= _reg_mcause_T; // @[CSR.scala 1210:53]
      end else begin
        reg_mcause <= _GEN_212;
      end
    end else begin
      reg_mcause <= _GEN_212;
    end
    if (csr_wen) begin // @[CSR.scala 1148:18]
      if (decoded_11) begin // @[CSR.scala 1211:40]
        reg_mtval <= wdata; // @[CSR.scala 1211:52]
      end else begin
        reg_mtval <= _GEN_213;
      end
    end else begin
      reg_mtval <= _GEN_213;
    end
    if (csr_wen) begin // @[CSR.scala 1148:18]
      if (decoded_9) begin // @[CSR.scala 1207:40]
        reg_mscratch <= wdata; // @[CSR.scala 1207:55]
      end
    end
    if (reset) begin // @[CSR.scala 479:27]
      reg_mtvec <= 32'h0; // @[CSR.scala 479:27]
    end else if (csr_wen) begin // @[CSR.scala 1148:18]
      if (decoded_6) begin // @[CSR.scala 1209:40]
        reg_mtvec <= wdata; // @[CSR.scala 1209:52]
      end
    end
    if (reset) begin // @[CSR.scala 547:34]
      reg_mcountinhibit <= 3'h0; // @[CSR.scala 547:34]
    end else begin
      reg_mcountinhibit <= _GEN_315[2:0];
    end
    if (reset) begin // @[Counters.scala 45:37]
      small_ <= 6'h0; // @[Counters.scala 45:37]
    end else begin
      small_ <= _GEN_318[5:0];
    end
    if (reset) begin // @[Counters.scala 50:27]
      large_ <= 58'h0; // @[Counters.scala 50:27]
    end else if (csr_wen) begin // @[CSR.scala 1148:18]
      if (decoded_108) begin // @[CSR.scala 1556:31]
        large_ <= _T_1722[63:6]; // @[Counters.scala 66:23]
      end else if (decoded_19) begin // @[CSR.scala 1555:31]
        large_ <= _T_1719[63:6]; // @[Counters.scala 66:23]
      end else begin
        large_ <= _GEN_1;
      end
    end else begin
      large_ <= _GEN_1;
    end
    if (reset) begin // @[Reg.scala 28:20]
      io_status_cease_r <= 1'h0; // @[Reg.scala 28:20]
    end else begin
      io_status_cease_r <= _GEN_279;
    end
    `ifndef SYNTHESIS
    `ifdef STOP_COND
      if (`STOP_COND) begin
    `endif
        if (~(_T_218 <= 3'h1) & ~reset) begin
          $fatal; // @[CSR.scala 954:9]
        end
    `ifdef STOP_COND
      end
    `endif
    `endif // SYNTHESIS
    `ifndef SYNTHESIS
    `ifdef PRINTF_COND
      if (`PRINTF_COND) begin
    `endif
        if (~reset & ~(_T_218 <= 3'h1)) begin
          $fwrite(32'h80000002,
            "Assertion failed: these conditions must be mutually exclusive\n    at CSR.scala:954 assert(PopCount(insn_ret :: insn_call :: insn_break :: io.exception :: Nil) <= 1, \"these conditions must be mutually exclusive\")\n"
            ); // @[CSR.scala 954:9]
        end
    `ifdef PRINTF_COND
      end
    `endif
    `endif // SYNTHESIS
    `ifndef SYNTHESIS
    `ifdef STOP_COND
      if (`STOP_COND) begin
    `endif
        if (~(~reg_singleStepped | ~io_retire) & _T_222) begin
          $fatal; // @[CSR.scala 963:9]
        end
    `ifdef STOP_COND
      end
    `endif
    `endif // SYNTHESIS
    `ifndef SYNTHESIS
    `ifdef PRINTF_COND
      if (`PRINTF_COND) begin
    `endif
        if (_T_222 & ~(~reg_singleStepped | ~io_retire)) begin
          $fwrite(32'h80000002,
            "Assertion failed\n    at CSR.scala:963 assert(!reg_singleStepped || io.retire === UInt(0))\n"); // @[CSR.scala 963:9]
        end
    `ifdef PRINTF_COND
      end
    `endif
    `endif // SYNTHESIS
  end
  always @(posedge io_ungated_clock) begin
    if (reset) begin // @[CSR.scala 538:50]
      reg_wfi <= 1'h0; // @[CSR.scala 538:50]
    end else if (|pending_interrupts | io_interrupts_debug | exception) begin // @[CSR.scala 957:69]
      reg_wfi <= 1'h0; // @[CSR.scala 957:79]
    end else begin
      reg_wfi <= _GEN_46;
    end
    if (reset) begin // @[Counters.scala 45:37]
      small_1 <= 6'h0; // @[Counters.scala 45:37]
    end else begin
      small_1 <= _GEN_316[5:0];
    end
    if (reset) begin // @[Counters.scala 50:27]
      large_1 <= 58'h0; // @[Counters.scala 50:27]
    end else if (csr_wen) begin // @[CSR.scala 1148:18]
      if (decoded_107) begin // @[CSR.scala 1556:31]
        large_1 <= _T_1717[63:6]; // @[Counters.scala 66:23]
      end else if (decoded_18) begin // @[CSR.scala 1555:31]
        large_1 <= _T_1714[63:6]; // @[Counters.scala 66:23]
      end else begin
        large_1 <= _GEN_3;
      end
    end else begin
      large_1 <= _GEN_3;
    end
  end
// Register and memory initialization
`ifdef RANDOMIZE_GARBAGE_ASSIGN
`define RANDOMIZE
`endif
`ifdef RANDOMIZE_INVALID_ASSIGN
`define RANDOMIZE
`endif
`ifdef RANDOMIZE_REG_INIT
`define RANDOMIZE
`endif
`ifdef RANDOMIZE_MEM_INIT
`define RANDOMIZE
`endif
`ifndef RANDOM
`define RANDOM $random
`endif
`ifdef RANDOMIZE_MEM_INIT
  integer initvar;
`endif
`ifndef SYNTHESIS
`ifdef FIRRTL_BEFORE_INITIAL
`FIRRTL_BEFORE_INITIAL
`endif
initial begin
  `ifdef RANDOMIZE
    `ifdef INIT_RANDOM
      `INIT_RANDOM
    `endif
    `ifndef VERILATOR
      `ifdef RANDOMIZE_DELAY
        #`RANDOMIZE_DELAY begin end
      `else
        #0.002 begin end
      `endif
    `endif
`ifdef RANDOMIZE_REG_INIT
  _RAND_0 = {1{`RANDOM}};
  reg_mstatus_spp = _RAND_0[0:0];
  _RAND_1 = {1{`RANDOM}};
  reg_mstatus_mpie = _RAND_1[0:0];
  _RAND_2 = {1{`RANDOM}};
  reg_mstatus_mie = _RAND_2[0:0];
  _RAND_3 = {1{`RANDOM}};
  reg_dcsr_ebreakm = _RAND_3[0:0];
  _RAND_4 = {1{`RANDOM}};
  reg_dcsr_cause = _RAND_4[2:0];
  _RAND_5 = {1{`RANDOM}};
  reg_dcsr_step = _RAND_5[0:0];
  _RAND_6 = {1{`RANDOM}};
  reg_debug = _RAND_6[0:0];
  _RAND_7 = {1{`RANDOM}};
  reg_dpc = _RAND_7[31:0];
  _RAND_8 = {1{`RANDOM}};
  reg_dscratch = _RAND_8[31:0];
  _RAND_9 = {1{`RANDOM}};
  reg_singleStepped = _RAND_9[0:0];
  _RAND_10 = {1{`RANDOM}};
  reg_mie = _RAND_10[31:0];
  _RAND_11 = {1{`RANDOM}};
  reg_mepc = _RAND_11[31:0];
  _RAND_12 = {1{`RANDOM}};
  reg_mcause = _RAND_12[31:0];
  _RAND_13 = {1{`RANDOM}};
  reg_mtval = _RAND_13[31:0];
  _RAND_14 = {1{`RANDOM}};
  reg_mscratch = _RAND_14[31:0];
  _RAND_15 = {1{`RANDOM}};
  reg_mtvec = _RAND_15[31:0];
  _RAND_16 = {1{`RANDOM}};
  reg_wfi = _RAND_16[0:0];
  _RAND_17 = {1{`RANDOM}};
  reg_mcountinhibit = _RAND_17[2:0];
  _RAND_18 = {1{`RANDOM}};
  small_ = _RAND_18[5:0];
  _RAND_19 = {2{`RANDOM}};
  large_ = _RAND_19[57:0];
  _RAND_20 = {1{`RANDOM}};
  small_1 = _RAND_20[5:0];
  _RAND_21 = {2{`RANDOM}};
  large_1 = _RAND_21[57:0];
  _RAND_22 = {1{`RANDOM}};
  io_status_cease_r = _RAND_22[0:0];
`endif // RANDOMIZE_REG_INIT
  `endif // RANDOMIZE
end // initial
`ifdef FIRRTL_AFTER_INITIAL
`FIRRTL_AFTER_INITIAL
`endif
`endif // SYNTHESIS
endmodule